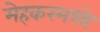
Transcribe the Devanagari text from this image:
मेहकरमध्ये